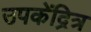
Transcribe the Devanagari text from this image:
उपकेंद्रित्र